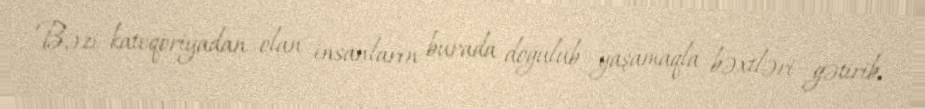
Bəzi kateqoriyadan olan insanların burada doğulub yaşamaqla bəxtləri gətirib,